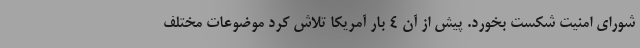
شورای امنیت شکست بخورد. پیش از آن ۴ بار آمریکا تلاش کرد موضوعات مختلف